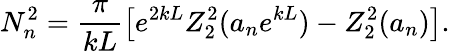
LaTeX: N_{n}^{2}=\frac{\pi}{kL}\left[e^{2kL}Z_{2}^{2}(a_{n}e^{kL})-Z_{2}^{2}(a_{n})\right].